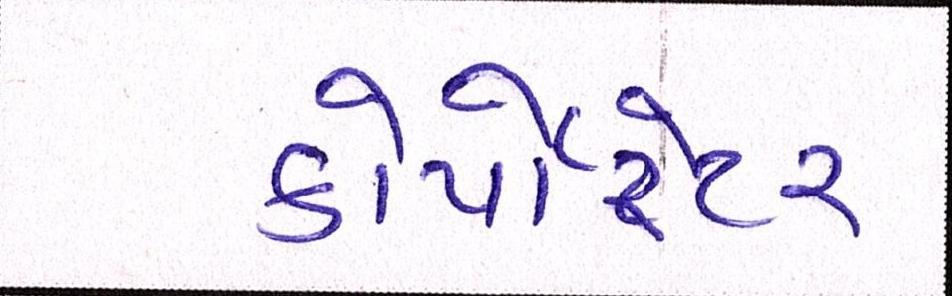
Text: કોર્પોરેટર